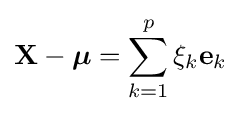
\mathbf {X} -{\boldsymbol {\mu }}=\sum _{k=1}^{p}\xi _{k}\mathbf {e} _{k}